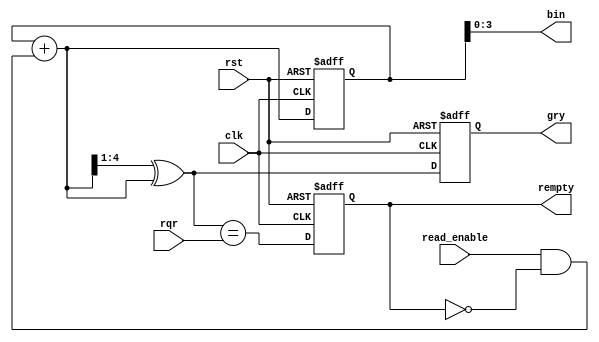
`timescale 1ns / 1ps
//////////////////////////////////////////////////////////////////////////////////
// Company: 
// Engineer: 
// 
// Design Name: 
// Module Name: read_gray_counter
// Project Name: 
// Target Devices: 
// Tool Versions: 
// Description: 
// 
// Dependencies: 
// 
// Revision:
// Revision 0.01 - File Created
// Additional Comments:
// 
//////////////////////////////////////////////////////////////////////////////////


module read_gray_counter(read_enable,rempty,rqr,rst,clk,bin,gry);

input read_enable,rst,clk;
input [4:0]rqr;
output reg rempty;
output [3:0]bin;
output reg [4:0]gry;

reg [4:0]rbin;
wire [4:0]rgraynext,rbinnext;
wire [4:0]rempty_val;
always@(posedge clk or posedge rst)
begin
if(rst)
{rbin,gry}<=0;
else
{rbin,gry}<={rbinnext,rgraynext};
end

assign bin = rbin[3:0];
assign rbinnext= rbin+(read_enable&~rempty);
assign rgraynext = (rbinnext>>1)^rbinnext;

assign rempty_val=(rgraynext==rqr[4:0]);

always@(posedge clk or posedge rst)
begin
if(rst)
rempty<=1'b1;
else
rempty<=rempty_val;
end
endmodule